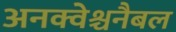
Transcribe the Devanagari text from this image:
अनक्वेश्चनैबल